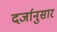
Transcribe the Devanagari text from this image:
दर्जानुसार